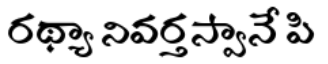
రథ్యా నివర్తస్వానే పి